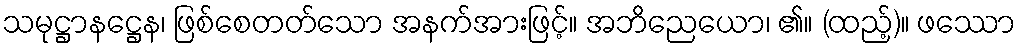
သမုဋ္ဌာနဋ္ဌေန၊ ဖြစ်စေတတ်သော အနက်အားဖြင့်။ အဘိညေယော၊ ၏။ (ထည့်)။ ဖဿော